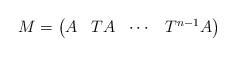
LaTeX: \begin{align*}M=\begin{pmatrix}A&TA&\cdots&T^{n-1}A\end{pmatrix}\end{align*}